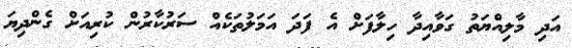
އަދި މާލިއްޔަތު ގަވާއިދާ ހިލާފަށް އެ ފަދަ އަމަލުތަކެއް ސަރުކާރުން ކުރިއަށް ގެންދިޔަ